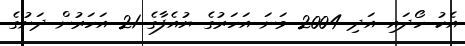
އެކު ހޯދައި އަދި 2004 ވަނަ އަހަރުގެ ޔުއެފާގެ 21 އަހަރުން ދަށުގެ